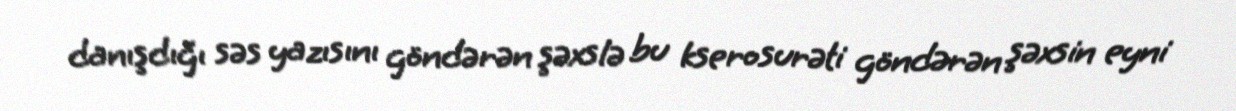
danışdığı səs yazısını göndərən şəxslə bu kserosurəti göndərən şəxsin eyni